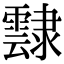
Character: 霴